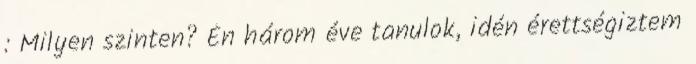
: Milyen szinten? Én három éve tanulok, idén érettségiztem